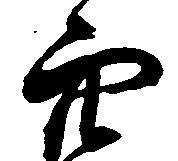
穴